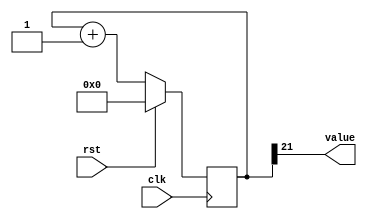
/*
   This file was generated automatically by Alchitry Labs version 1.2.7.
   Do not edit this file directly. Instead edit the original Lucid source.
   This is a temporary file and any changes made to it will be destroyed.
*/

/*
   Parameters:
     SIZE = 1
     DIV = 21
     TOP = 0
     UP = 1
*/
module counter_20 (
    input clk,
    input rst,
    output reg [0:0] value
  );
  
  localparam SIZE = 1'h1;
  localparam DIV = 5'h15;
  localparam TOP = 1'h0;
  localparam UP = 1'h1;
  
  
  reg [21:0] M_ctr_d, M_ctr_q = 1'h0;
  
  localparam MAX_VALUE = 22'h1fffff;
  
  always @* begin
    M_ctr_d = M_ctr_q;
    
    value = M_ctr_q[21+0-:1];
    if (1'h1) begin
      M_ctr_d = M_ctr_q + 1'h1;
      if (1'h0 && M_ctr_q == 22'h1fffff) begin
        M_ctr_d = 1'h0;
      end
    end else begin
      M_ctr_d = M_ctr_q - 1'h1;
      if (1'h0 && M_ctr_q == 1'h0) begin
        M_ctr_d = 22'h1fffff;
      end
    end
  end
  
  always @(posedge clk) begin
    if (rst == 1'b1) begin
      M_ctr_q <= 1'h0;
    end else begin
      M_ctr_q <= M_ctr_d;
    end
  end
  
endmodule